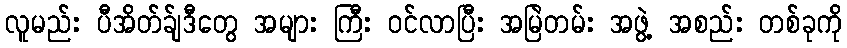
လူမည်း ပီအိတ်ခ်ျဒီတွေ အများ ကြီး ဝင်လာပြီး အမြဲတမ်း အဖွဲ့ အစည်း တစ်ခုကို